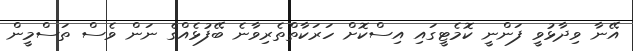
އޭނާ ވިދާޅުވީ ފަންނީ ކޮމެޓީގައި އިސްކޮށް ހަރަކާތްތެރިވާނެ ބޭފުޅެއްގެ ނަން ވެސް ތަސްމީން